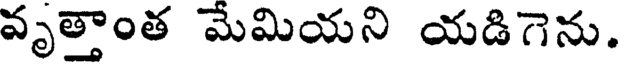
వృత్తాంత మేమియని యడిగెను.